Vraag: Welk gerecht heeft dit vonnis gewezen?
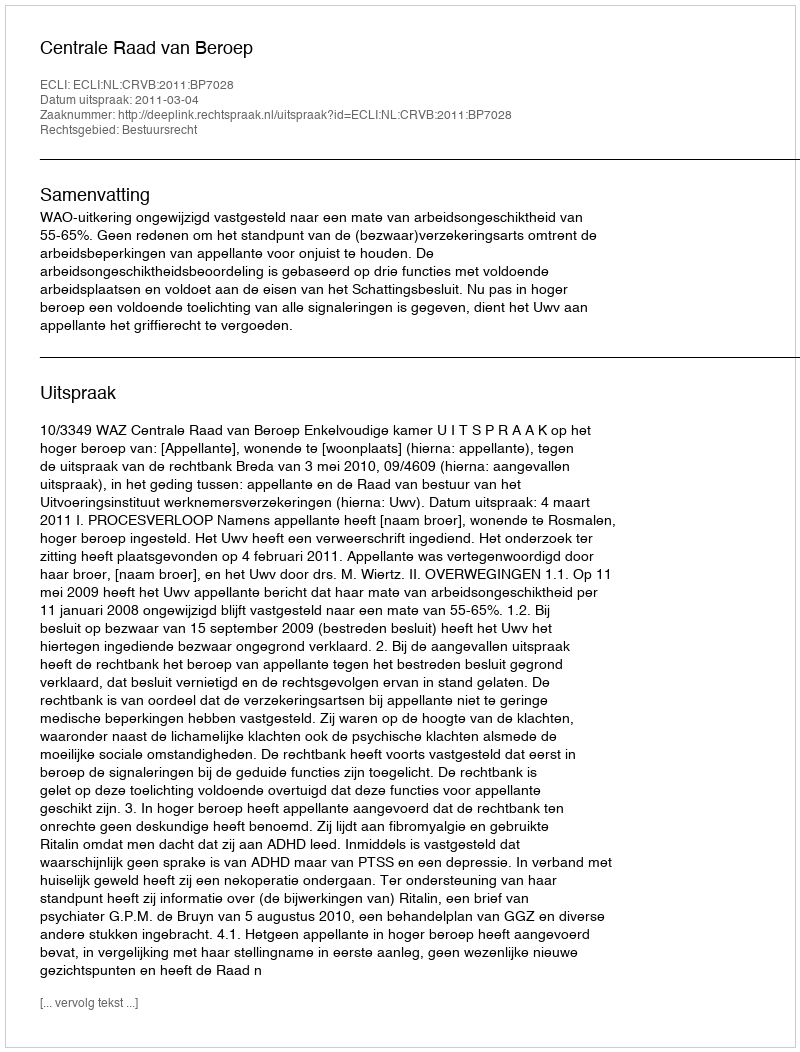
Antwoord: Centrale Raad van Beroep